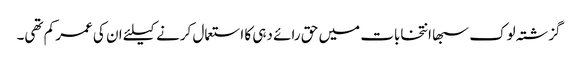
گزشتہ لوک سبھا انتخابات میں حق رائے دہی کا استعمال کرنے کیلئے ان کی عمر کم تھی۔